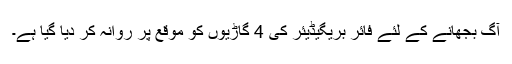
آگ بجھانے کے لئے فائر بریگیڈیئر کی 4 گاڑیوں کو موقع پر روانہ کر دیا گیا ہے۔